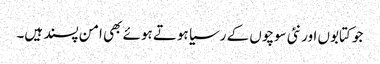
جو کتابوں اور نئی سوچوں کے رسیا ہوتے ہوئے بھی امن پسند ہیں۔